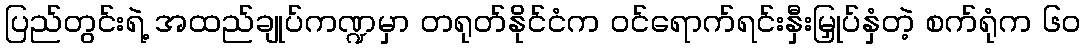
ပြည်တွင်းရဲ့ အထည်ချုပ်ကဏ္ဍမှာ တရုတ်နိုင်ငံက ဝင်ရောက်ရင်းနှီးမြှုပ်နှံတဲ့ စက်ရုံက ၆၀